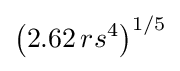
\left(2.62\,rs^{4}\right)^{1/5}